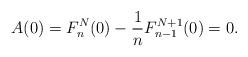
LaTeX: \begin{gather*} A(0) = F^N_n(0) - \frac{1}{n} F^{N+1}_{n-1}(0) = 0.\end{gather*}